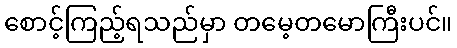
စောင့်ကြည့်ရသည်မှာ တမေ့တမောကြီးပင်။